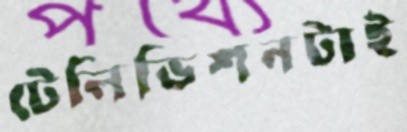
টেলিভিশনটাই